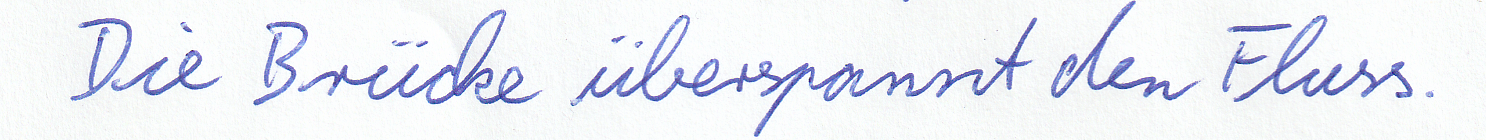
Die Brücke überspannt den Fluss.